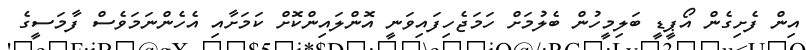
އިން ފެށިގެން އޯޕީޑީ ބަލިމީހުން ބެލުމަށް ހަމަޖެހިފައިވަނީ އޮންލައިންކޮށް ކަމަށާއި އެހެންނަމަވެސް ފާމަސީގެ